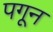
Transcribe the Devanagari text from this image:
पगून